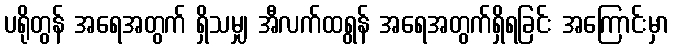
ပရိုတွန် အရေအတွက် ရှိသမျှ အီလက်ထရွန် အရေအတွက်ရှိရခြင်း အကြောင်းမှာ